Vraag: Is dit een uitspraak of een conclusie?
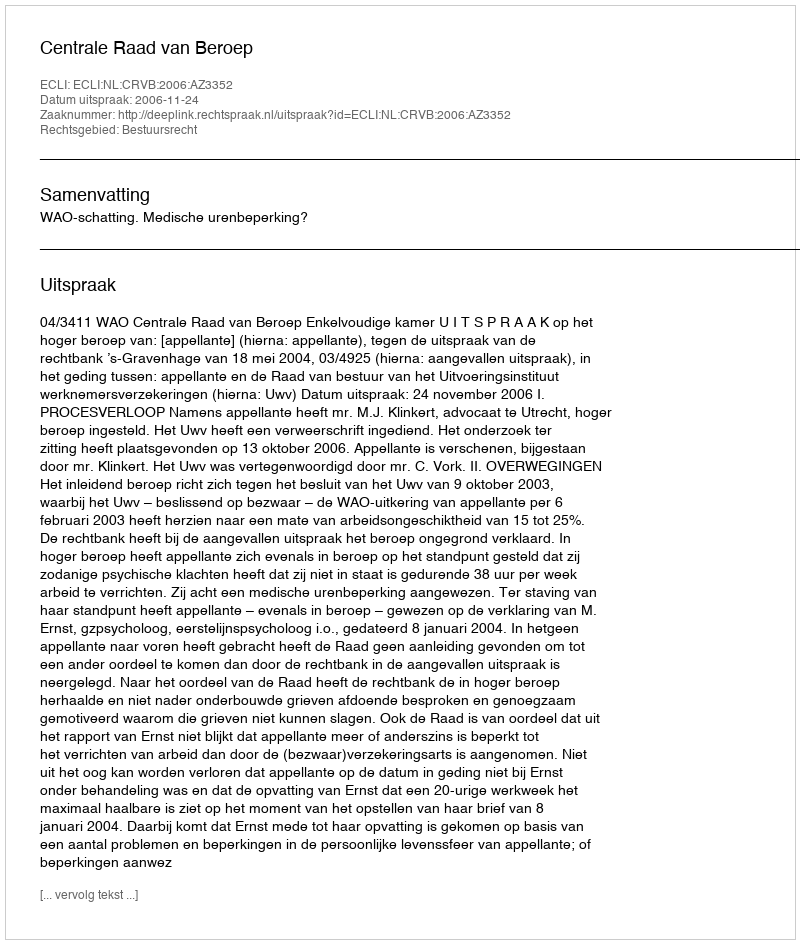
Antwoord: Uitspraak